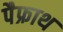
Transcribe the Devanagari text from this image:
पैफ्राथ